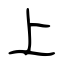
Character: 上